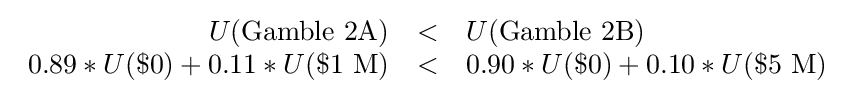
{\begin{array}{rcl}U({\text{Gamble 2A}})&<&U({\text{Gamble 2B}})\\0.89*U(\${\text{0}})+0.11*U(\${\text{1 M}})&<&0.90*U(\${\text{0}})+0.10*U(\${\text{5 M}})\end{array}}